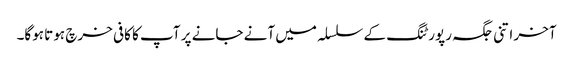
آخر اتنی جگہ رپورٹنگ کے سلسلہ میں آنے جانے پر آپ کا کافی خرچ ہوتا ہوگا۔